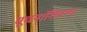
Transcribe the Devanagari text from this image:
सूचनांशिवाय